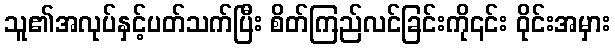
သူ၏အလုပ်နှင့်ပတ်သက်ပြီး စိတ်ကြည်လင်ခြင်းကို၎င်း ဝိုင်းအမှား